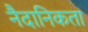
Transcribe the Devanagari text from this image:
नैदानिकता